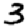
Digit: 3